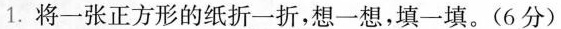
1.将一张正方形的纸折一折，想一想，填一填。(6分)